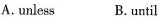
A. unless B. until